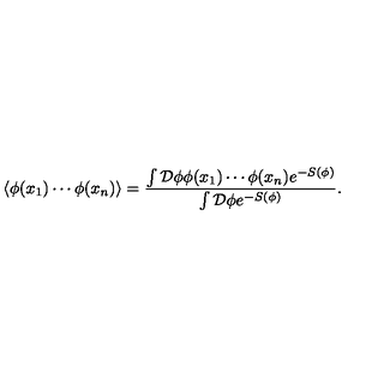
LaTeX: \langle \phi ( x _ { 1 } ) \cdots \phi ( x _ { n } ) \rangle = \frac { \int \mathcal { D } \phi \phi ( x _ { 1 } ) \cdots \phi ( x _ { n } ) e ^ { - S ( \phi ) } } { \int \mathcal { D } \phi e ^ { - S ( \phi ) } } .